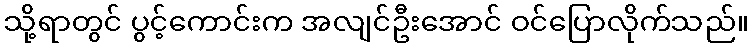
သို့ရာတွင် ပွင့်ကောင်းက အလျင်ဦးအောင် ဝင်ပြောလိုက်သည်။